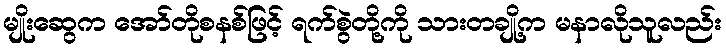
မျိုးဆွေက အော်တိုစနစ်ဖြင့် ရက်စွဲတို့ကို သားတချို့က မနာလိုသူလည်း